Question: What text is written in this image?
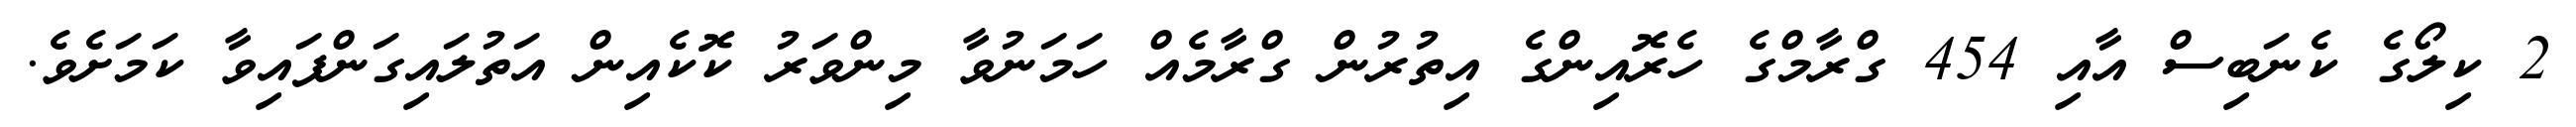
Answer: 2 ކިލޯގެ ކެނަބިސް އާއި 454 ގްރާމްގެ ހެރޮއިންގެ އިތުރުން ގްރާމެއް ހަމަނުވާ މިންވަރު ކޮކެއިން އަތުލައިގަންފައިވާ ކަމަށެވެ.